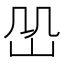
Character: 𡵹